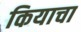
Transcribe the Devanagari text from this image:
कियाचा